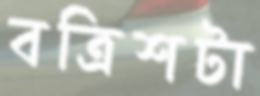
বত্রিশটা